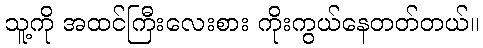
သူ့ကို အထင်ကြီးလေးစား ကိုးကွယ်နေတတ်တယ်။